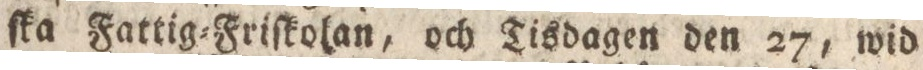
ſka Fattig=Friſkolan, och Tisdagen den 27, wid